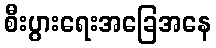
စီးပွားရေးအခြေအနေ